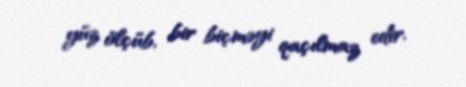
yüz ölçüb, bir biçməyi qaçılmaz edir.